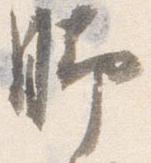
脚